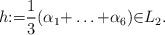
LaTeX: \begin{align*}h{:=}\frac{1}{3}(\alpha_1{+}\hdots{+}\alpha_6){\in} L_{2}. \end{align*}